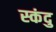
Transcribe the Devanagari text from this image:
स्कंदु